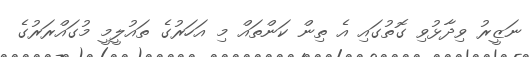
ނަޒީރު ވިދާޅުވި ގޮތުގައި އެ ތިން ކަންތައް މި އަހަރުގެ ތައުލީމީ މުގައްރަރުގެ